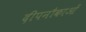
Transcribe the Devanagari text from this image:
दीपनौकाओं